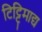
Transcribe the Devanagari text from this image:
टिट्टिमाद्य